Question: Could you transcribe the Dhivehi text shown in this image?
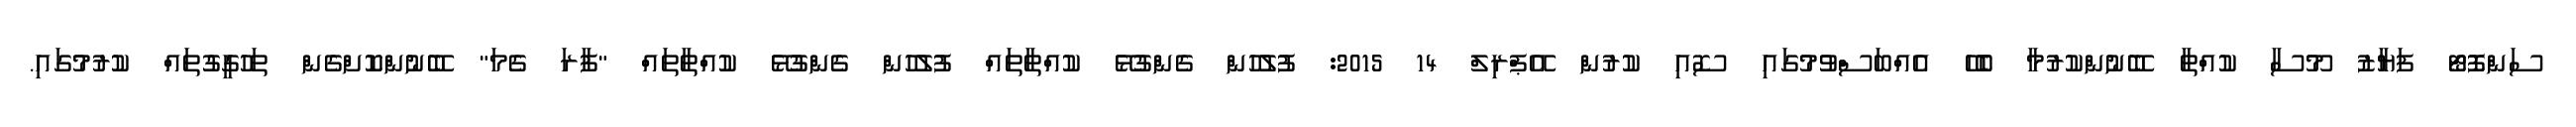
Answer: ސަންފޮޓޯ ފަޔާޒު މޫސާ ކުއްތާ ބޭނުންކުރުމާ ބެހޭ އެއްބަސްވުމުގައި ސޮއި ކުރުން އޭޕްރިލް 14 2015: ފުލުހުން ގެންގުޅޭ ކުއްތާތައް ފުލުހުން ގެންގުޅޭ ކުއްތާތައް "ފާރަ ގެމަ" ބޭނުންކޮށްގެން ތަހުގީގުތައް ކުރުމުގައި.